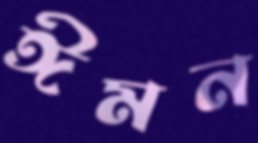
ঈমন